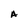
Character: A